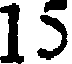
15